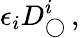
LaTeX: \epsilon_{i}D_{\bigcirc}^{i}\, ,